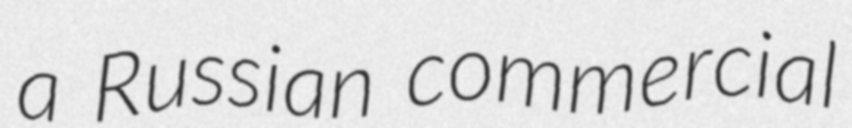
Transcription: a Russian commercial